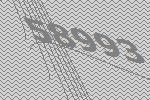
58993